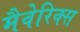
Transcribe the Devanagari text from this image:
मैवेरिक्स